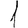
Digit: 1